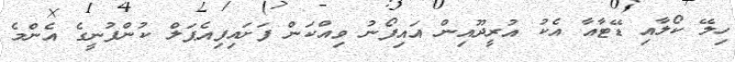
ހިލޭ ކޯލާއި ޑޭޓާއާ އެކު އުރީދޫއިން އައިފޯނު ވިއްކަން ފަށައިފިއެޕަލް ކުންފުނީގެ އެންމެ